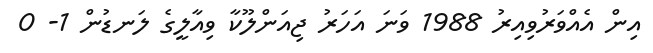
އިން އެއްވަރުވިއިރު 1988 ވަނަ އަހަރު ޖިއަންލޫކާ ވިއާލީގެ ލަނޑުން 1- 0